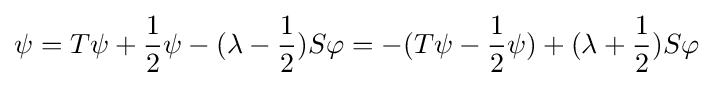
\displaystyle {\psi =T\psi +{1 \over 2}\psi -(\lambda -{1 \over 2})S\varphi =-(T\psi -{1 \over 2}\psi )+(\lambda +{1 \over 2})S\varphi }